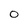
Character: 0